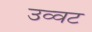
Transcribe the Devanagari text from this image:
उव्‍वट